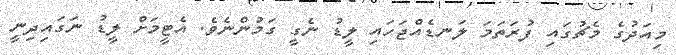
މިއަދުގެ މެޗުގައި ފުރަތަމަ ލަނޑެއްޖަަހައި ލީޑު ނެގީ ގަމުންނެވެ. އެޓީމަށް ލީޑު ނަގައިދިނީ